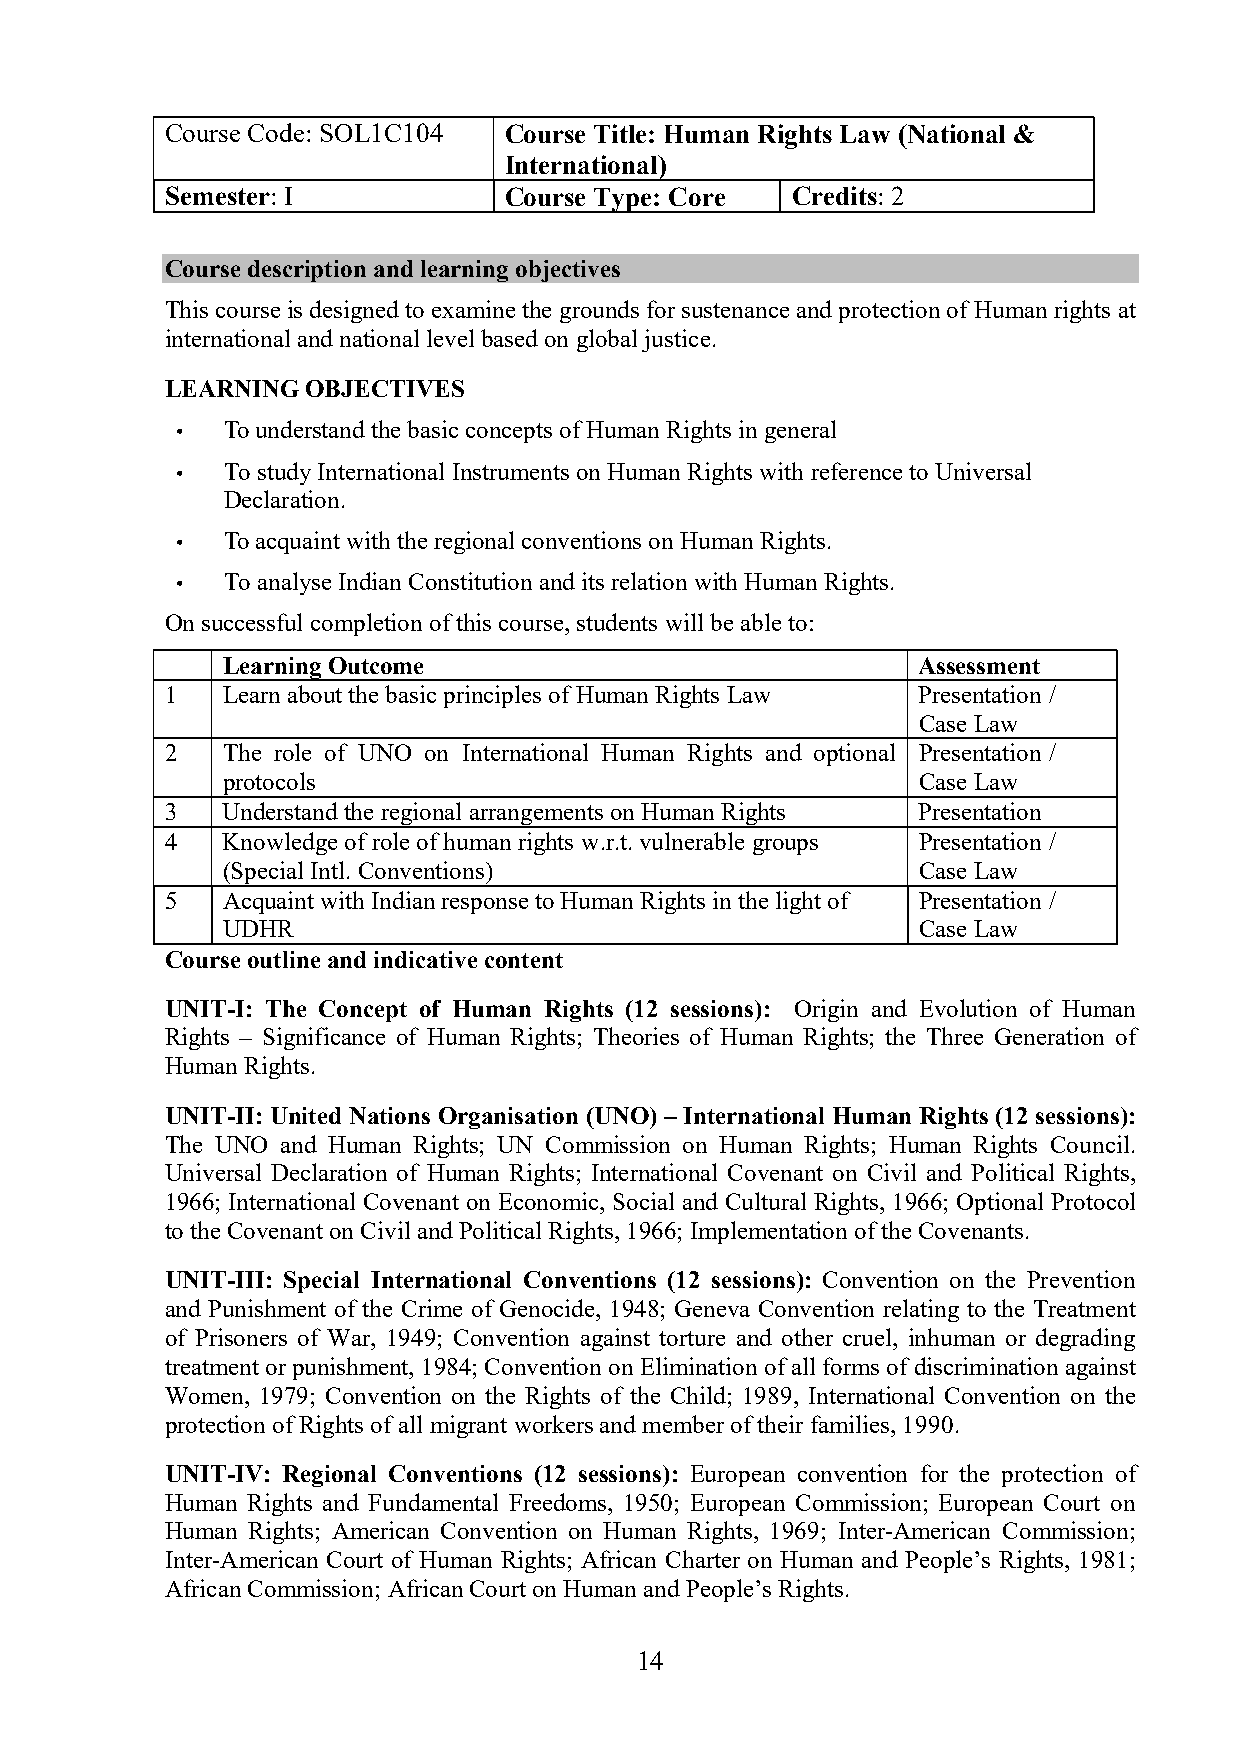
Course Code: SOL1C104 Course Title: Human Rights Law (National &
 International)
 Semester: I           Course Type: Core  Credits: 2
 Course description and learning objectives
 This course is designed to examine the grounds for sustenance and protection of Human rights at
 international and national level based on global justice.
 LEARNING OBJECTIVES
 •  To understand the basic concepts of Human Rights in general
 •  To study International Instruments on Human Rights with reference to Universal
 Declaration.
 •  To acquaint with the regional conventions on Human Rights.
 •  To analyse Indian Constitution and its relation with Human Rights.
 On successful completion of this course, students will be able to:
 Learning Outcome                              Assessment
 1   Learn about the basic principles of Human Rights Law Presentation /
 Case Law
 2   The role of UNO on International Human Rights and optional Presentation /
 protocols                                     Case Law
 3   Understand the regional arrangements on Human Rights Presentation
 4   Knowledge of role of human rights w.r.t. vulnerable groups Presentation /
 (Special Intl. Conventions)                   Case Law
 5   Acquaint with Indian response to Human Rights in the light of Presentation /
 UDHR                                          Case Law
 Course outline and indicative content
 UNIT-I: The Concept of Human Rights (12 sessions): Origin and Evolution of Human
 Rights – Significance of Human Rights; Theories of Human Rights; the Three Generation of
 Human Rights.
 UNIT-II: United Nations Organisation (UNO) – International Human Rights (12 sessions):
 The UNO and Human Rights; UN Commission on Human Rights; Human Rights Council.
 Universal Declaration of Human Rights; International Covenant on Civil and Political Rights,
 1966; International Covenant on Economic, Social and Cultural Rights, 1966; Optional Protocol
 to the Covenant on Civil and Political Rights, 1966; Implementation of the Covenants.
 UNIT-III: Special International Conventions (12 sessions): Convention on the Prevention
 and Punishment of the Crime of Genocide, 1948; Geneva Convention relating to the Treatment
 of Prisoners of War, 1949; Convention against torture and other cruel, inhuman or degrading
 treatment or punishment, 1984; Convention on Elimination of all forms of discrimination against
 Women, 1979; Convention on the Rights of the Child; 1989, International Convention on the
 protection of Rights of all migrant workers and member of their families, 1990.
 UNIT-IV: Regional Conventions (12 sessions): European convention for the protection of
 Human Rights and Fundamental Freedoms, 1950; European Commission; European Court on
 Human Rights; American Convention on Human Rights, 1969; Inter-American Commission;
 Inter-American Court of Human Rights; African Charter on Human and People’s Rights, 1981;
 African Commission; African Court on Human and People’s Rights.
 14